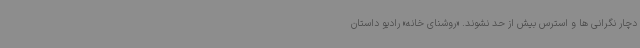
دچار نگرانی ها و استرس بیش از حد نشوند. «روشنای خانه» رادیو داستان